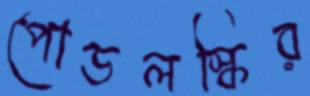
পোডলস্কির